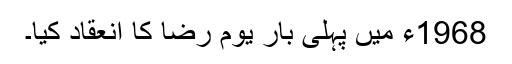
1968ء میں پہلی بار یوم رضا کا انعقاد کیا۔